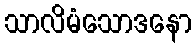
သာလိမံသောဒနော